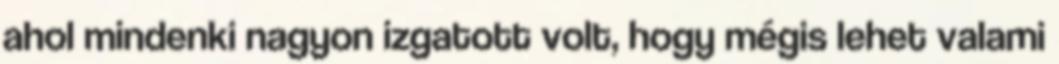
ahol mindenki nagyon izgatott volt, hogy mégis lehet valami